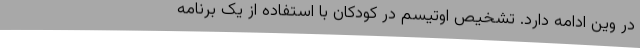
‌در وین ادامه دارد. تشخیص اوتیسم در کودکان با استفاده از یک برنامه